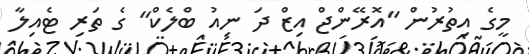
މީގެ އިތުރުން "އޮރޭންޖް އިޒް ދަ ނިއު ބްލެކް" ގެ ތަރި ޓެއިލާ